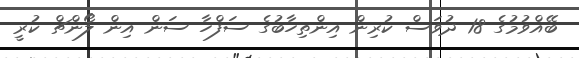
ބޭއްވުމުގެ 18 ދުވަސް ކުރިން އިންތިހާބުގެ ސަފްހާ ސަން އިން ލޯންޗް ކުރީ